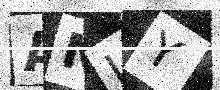
Text: ANJY